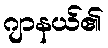
ဂျာနယ်၏